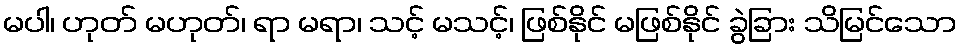
မပါ၊ ဟုတ် မဟုတ်၊ ရာ မရာ၊ သင့် မသင့်၊ ဖြစ်နိုင် မဖြစ်နိုင် ခွဲခြား သိမြင်သော